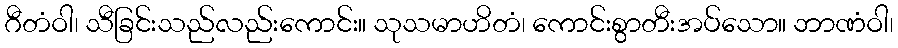
ဂီတံဝါ၊ သီခြင်းသည်လည်းကောင်း။ သုသမာဟိတံ၊ ကောင်းစွာတီးအပ်သော။ ဘာဏံဝါ၊